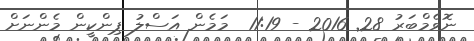
ނޮވެމްބަރު 28